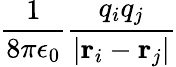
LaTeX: \frac{1}{8\pi\epsilon_{0}}\frac{q_{i}q_{j}}{|\mathbf{r}_{i}-\mathbf{r}_{j}|}